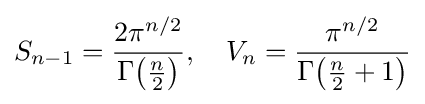
S_{n-1}={\frac {2\pi ^{n/2}}{\Gamma {\bigl (}{\frac {n}{2}}{\bigr )}}},\quad V_{n}={\frac {\pi ^{n/2}}{\Gamma {\bigl (}{\frac {n}{2}}+1{\bigr )}}}